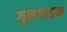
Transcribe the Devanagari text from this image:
गुनगाहक